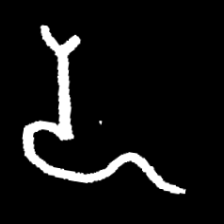
Pyu character \u2014 Myanmar letter: ဍ (romanized: dda)